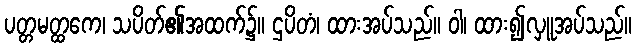
ပတ္တမတ္ထကေ၊ သပိတ်၏အထက်၌။ ဌပိတံ၊ ထားအပ်သည်။ ဝါ၊ ထား၍လှူအပ်သည်။